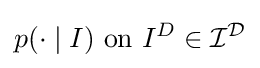
p(\cdot \mid I){\text{ on }}I^{D}\in {\mathcal {I}}^{\mathcal {D}}